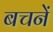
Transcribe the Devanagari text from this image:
बचनें